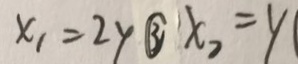
x _ { 1 } = 2 y \textcircled { 3 } x _ { 2 } = y